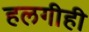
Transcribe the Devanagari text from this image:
हलगीही